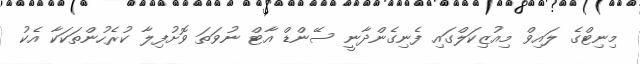
މިނިޓްގެ ލައިވް މިއުޒިކަލްގައި ފެނިގެންދާނީ ސޭންޑް އާޓް ނުވަތަ ވޮށުފިލާ ކުރެހުންތަކަކާ އެކު